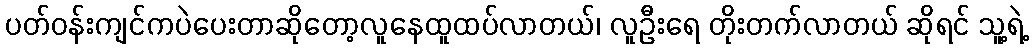
ပတ်ဝန်းကျင်ကပဲပေးတာဆိုတော့လူနေထူထပ်လာတယ်၊ လူဦးရေ တိုးတက်လာတယ် ဆိုရင် သူ့ရဲ့